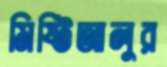
মিষ্টিআলুর